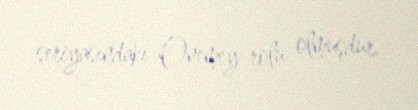
seriyasındakı Onemey rolu olmuşdur.